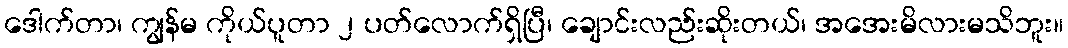
ဒေါက်တာ၊ ကျွန်မ ကိုယ်ပူတာ ၂ ပတ်လောက်ရှိပြီ၊ ချောင်းလည်းဆိုးတယ်၊ အအေးမိလားမသိဘူး။